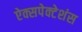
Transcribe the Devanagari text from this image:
ऐक्सपेक्टेशंस